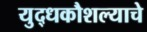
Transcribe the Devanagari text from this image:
युद्धकौशल्याचे